Vital statistics of India. Vol. V, Reports of 1876 on armies & jails and on epidemic cholera
Year: 1876
Disease focus: Cholera
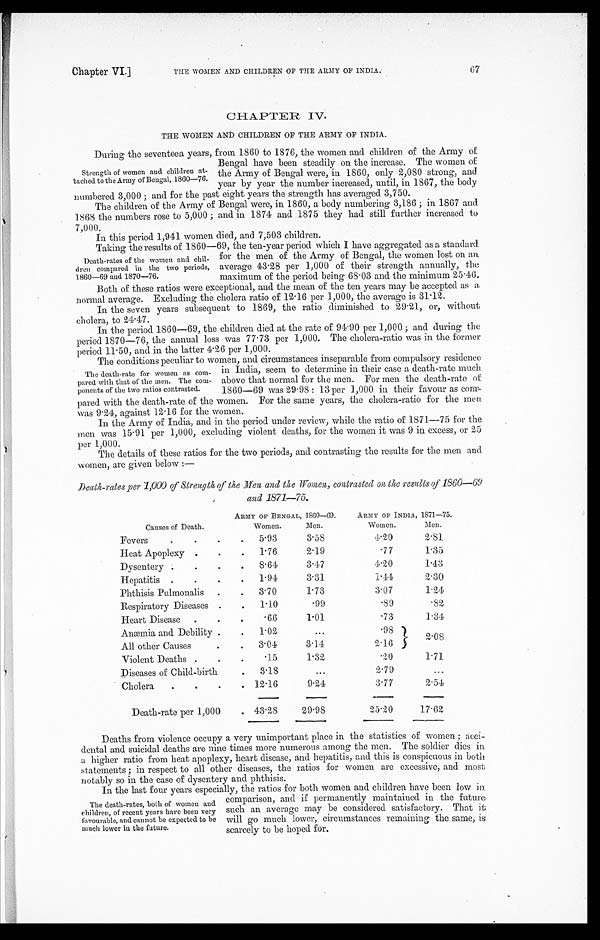
Chapter VI.]
THE WOMEN AND CHILDREN OF THE ARMY OF INDIA.
67
CHAPTER IV.
THE WOMEN AND CHILDREN OF THE ARMY OF INDIA.
During the seventeen years, from 1860 to 1876, the women and children of the Army of
Bengal have been steadily on the increase. The women of
the Army of Bengal were, in 1860, only 2,080 strong, and
year by year the number increased, until, in 1867, the body
numbered 3,000; and for the past eight years the strength has averaged 3,750
.
The children of the Army of Bengal were, in 1860, a body numbering 3,186; in 1867 and
1868 the numbers rose to 5,000; and in 1874 and 1875 they had still further increased to
7,000.
In this period 1,941 women died, and 7,503 children.
Taking the results of 1860—69, the ten-year period which I have aggregated as a standard
for the men of the Army of Bengal, the women lost on an
average 43.28 per 1,000 of their strength annually, the
maximum of the period being 68.03 and the minimum 25.46.
Both of these ratios were exceptional, and the mean of the ten years may be accepted as a
normal average. Excluding the cholera ratio of 12.16 per 1,000, the average is 31.12.
In the seven years subsequent to 1869, the ratio diminished to 29.21, or, without
cholera, to 24.47.
In the period 1860—69, the children died at the rate of 94.90 per 1,000; and during the
period 1870—76, the annual loss was 77.73 per 1,000. The cholera-ratio was in the former
period 11.50, and in the latter 4.26 per 1,000.
The conditions peculiar to women, and circumstances inseparable from compulsory residence
in India, seem to determine in their case a death-rate much
above that normal for the men. For men the death-rate of
1860—69 was 29.98: 13 per 1,000 in their favour as co
m-pared with the death-rate of the women. For the same years, the cholera-ratio for the m
en was 9.24, against 12.16 for the women.
In the Army of India, and in the period under review, while the ratio of 1871—75 for the
men was 15.91 per 1,000, excluding violent deaths, for the women it was 9 in excess, or 25
per 1,000.
The details of these ratios for the two periods, and contrasting the results for the men and
women, are given below:—
Death-rates per 1,000 of Strength of the Men and the Women, contrasted on the results of 1860-69
and 1871-75.
ARMY OF BENGAL, 1860-69.
ARMY OF INDIA, 1871-75.
Causes of Death.
Women.
M e n .
Women.
M e n .
Fevers
5.93
3.58
4.20
2.81
Heat Apoplexy
1.76
2.19
.77
1.35
Dysentery
8.64
3.47
4.20
1.43
Hepatitis
1.94
3.31
1.44
2.30
Phthisis Pulmonalis
3.70
1.73
3.07
1.24
Respiratory Diseases
1.10
.99
.89
.82
Heart Disease
.66
1.01
.73
1.34
Anæmia and Debility
1.02
.98
2 08
All other Causes
3.04
3.14
2.16
Violent Deaths
.15
1.32
.20
1.71
Diseases of Child-birth
3.18
2.79
Cholera
12.16
9.24
3.77
2.54
Death-rate per 1,000
43.28
29.98
25.20
17.62
Deaths from violence occupy a very unimportant place in the statistics of women; acci
- d e n t a l a n d s u i c i d a l d e a t h s a r e n i n e t i m e s m o r e n u m e r o u s a m o n g t h e m e n . T h e s o l d i e r d i e s i n
a higher ratio from heat apoplexy, heart disease, and hepatitis, and this is conspicuous in both
statements; in respect to all other diseases, the ratios for women are excessive, and most
notably so in the case of dysentery and phthisis.
In the last four years especially, the ratios for both women and children have been low in
comparison, and if permanently maintained in the future
such an average may be considered satisfactory. That it
will go much lower, circumstances remaining the same, is
scarcely to be hoped for.
Strength of women and children at
-tached to the Army of Bengal, 1860—76.
Death-rates of the women and chil
- d r e n c o m p a r e d i n t h e t w o p e r i o d s ,
1860—69 and 1870—76.
The death-rate for women as com
-pared with that of the men. The co
m - p o n e n t s o f t h e t w o r a t i o s c o n t r a s t e d .
The death-rates, both of women and
children, of recent years have been very
favourable, and cannot be expected to be
much lower in the future.